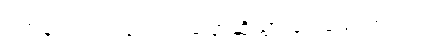
ဝက်ချ်က ထပ်လောင်းပြောဆိုသွားခဲ့ပါသေးတယ်။